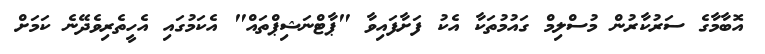
އޮބާމާގެ ސަރުކާރުން މުސްލިމް ގައުމުތަކާ އެކު ފަށާފައިވާ "ޕާޓްނަޝިޕްތައް" އެކަމުގައި އެހީތެރިވެދޭނެ ކަމަށް